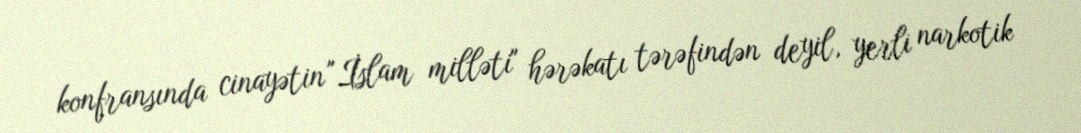
konfransında cinayətin "İslam milləti" hərəkatı tərəfindən deyil, yerli narkotik